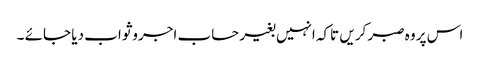
اس پر وہ صبر کریں تاکہ انہیں بغیر حساب اجروثواب دیا جائے ۔